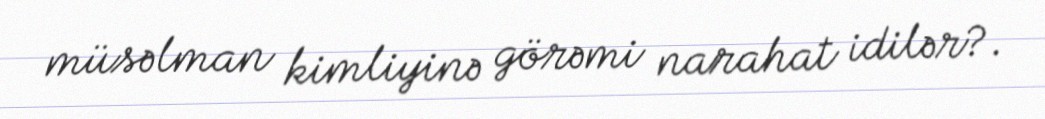
müsəlman kimliyinə görəmi narahat idilər?.